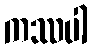
ကဿပါ